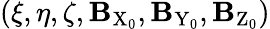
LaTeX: (\xi,\eta,\zeta,\mathbf{B}_{\mathrm{{X}}_{0}},\mathbf{B}_{\mathrm{{Y}}_{0}},\mathbf{B}_{\mathrm{{Z}}_{0}})